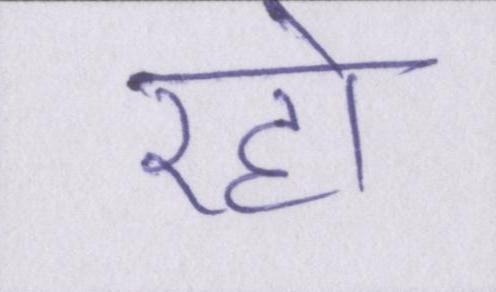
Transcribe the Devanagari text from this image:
रहो